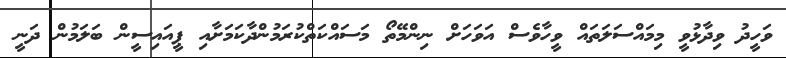
ވަހީދު ވިދާޅުވީ މިމައްސަލަތައް ވީހާވެސް އަވަހަށް ނިންމޭތޯ މަސައްކަތްކުރަމުންދާކަމަށާއި ޕީއައިސީން ބަލަމުން ދަނީ